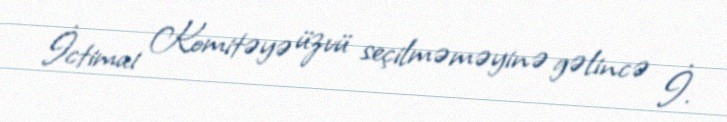
İctimai Komitəyə üzvü seçilməməyinə gəlincə İ.